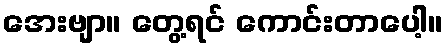
အေးဗျာ။ တွေ့ရင် ကောင်းတာပေါ့။